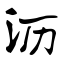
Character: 沥